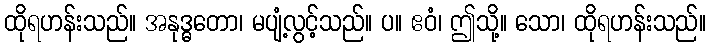
ထိုရဟန်းသည်။ အနုဒ္ဓတော၊ မပျံ့လွင့်သည်။ ပ။ ဧဝံ၊ ဤသို့။ သော၊ ထိုရဟန်းသည်။